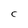
Character: C